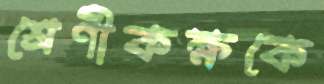
শ্রেণীকক্ষকে